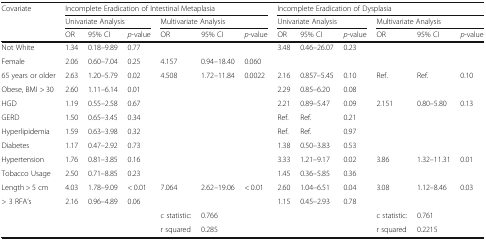
<table><thead><tr><td rowspan="3"><b>Covariate</b></td><td colspan="6"><b>Incomplete Eradication of Intestinal Metaplasia</b></td><td colspan="6"><b>Incomplete Eradication of Dysplasia</b></td></tr><tr><td colspan="3"><b>Univariate Analysis</b></td><td colspan="3"><b>Multivariate Analysis</b></td><td colspan="3"><b>Univariate Analysis</b></td><td colspan="3"><b>Multivariate Analysis</b></td></tr><tr><td><b>OR</b></td><td><b>95% CI</b></td><td><b><i>p</i>-value</b></td><td><b>OR</b></td><td><b>95% CI</b></td><td><b><i>p</i>-value</b></td><td><b>OR</b></td><td><b>95% CI</b></td><td><b><i>p</i>-value</b></td><td><b>OR</b></td><td><b>95% CI</b></td><td><b><i>p</i>-value</b></td></tr></thead><tbody><tr><td>Not White</td><td>1.34</td><td>0.18–9.89</td><td>0.77</td><td></td><td></td><td></td><td>3.48</td><td>0.46–26.07</td><td>0.23</td><td></td><td></td><td></td></tr><tr><td>Female</td><td>2.06</td><td>0.60–7.04</td><td>0.25</td><td>4.157</td><td>0.94–18.40</td><td>0.060</td><td></td><td></td><td></td><td></td><td></td><td></td></tr><tr><td>65 years or older</td><td>2.63</td><td>1.20–5.79</td><td>0.02</td><td>4.508</td><td>1.72–11.84</td><td>0.0022</td><td>2.16</td><td>0.857–5.45</td><td>0.10</td><td>Ref.</td><td>Ref.</td><td>0.10</td></tr><tr><td>Obese, BMI &gt; 30</td><td>2.60</td><td>1.11–6.14</td><td>0.01</td><td></td><td></td><td></td><td>2.29</td><td>0.85–6.20</td><td>0.08</td><td></td><td></td><td></td></tr><tr><td>HGD</td><td>1.19</td><td>0.55–2.58</td><td>0.67</td><td></td><td></td><td></td><td>2.21</td><td>0.89–5.47</td><td>0.09</td><td>2.151</td><td>0.80–5.80</td><td>0.13</td></tr><tr><td>GERD</td><td>1.50</td><td>0.65–3.45</td><td>0.34</td><td></td><td></td><td></td><td>Ref.</td><td>Ref.</td><td>0.21</td><td></td><td></td><td></td></tr><tr><td>Hyperlipidemia</td><td>1.59</td><td>0.63–3.98</td><td>0.32</td><td></td><td></td><td></td><td>Ref.</td><td>Ref.</td><td>0.97</td><td></td><td></td><td></td></tr><tr><td>Diabetes</td><td>1.17</td><td>0.47–2.92</td><td>0.73</td><td></td><td></td><td></td><td>1.38</td><td>0.50–3.83</td><td>0.53</td><td></td><td></td><td></td></tr><tr><td>Hypertension</td><td>1.76</td><td>0.81–3.85</td><td>0.16</td><td></td><td></td><td></td><td>3.33</td><td>1.21–9.17</td><td>0.02</td><td>3.86</td><td>1.32–11.31</td><td>0.01</td></tr><tr><td>Tobacco Usage</td><td>2.50</td><td>0.71–8.85</td><td>0.23</td><td></td><td></td><td></td><td>1.45</td><td>0.36–5.85</td><td>0.36</td><td></td><td></td><td></td></tr><tr><td>Length &gt; 5 cm</td><td>4.03</td><td>1.78–9.09</td><td>&lt; 0.01</td><td>7.064</td><td>2.62–19.06</td><td>&lt; 0.01</td><td>2.60</td><td>1.04–6.51</td><td>0.04</td><td>3.08</td><td>1.12–8.46</td><td>0.03</td></tr><tr><td>&gt; 3 RFA’s</td><td>2.16</td><td>0.96–4.89</td><td>0.06</td><td></td><td></td><td></td><td>1.15</td><td>0.45–2.93</td><td>0.78</td><td></td><td></td><td></td></tr><tr><td></td><td></td><td></td><td></td><td>c statistic:</td><td>0.766</td><td></td><td></td><td></td><td></td><td>c statistic:</td><td>0.761</td><td></td></tr><tr><td></td><td></td><td></td><td></td><td>r squared</td><td>0.285</td><td></td><td></td><td></td><td></td><td>r squared</td><td>0.2215</td><td></td></tr></tbody></table>